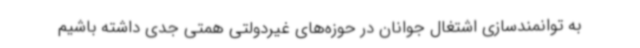
به توانمندسازی اشتغال جوانان در حوزه‌های غیردولتی همتی جدی داشته باشیم